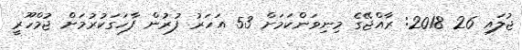
ޖުލައި 26 2018: ރާއްޖޭގެ މިނިވަންކަމަށް 53 އަހަރު ފުރުން ފާހަގަކުރުމަށް ޖުމްހޫރީ